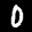
Label: 0